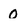
Character: O